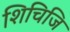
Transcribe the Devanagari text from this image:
शिचिजि